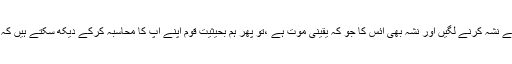
اب جب اتنی چھوٹی عمر میں بچے نشہ کرنے لگیں اور نشہ بھی آئس کا جو کہ یقینی موت ہے ،تو پھر ہم بحیثیت قوم اپنے آپ کا محاسبہ کرکے دیکھ سکتے ہیں کہ ہم کس قدر کمزور ہوچکے ہیں ۔